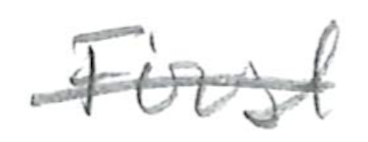
Text: First
Cross-out: single-line
Writing tool: pencil